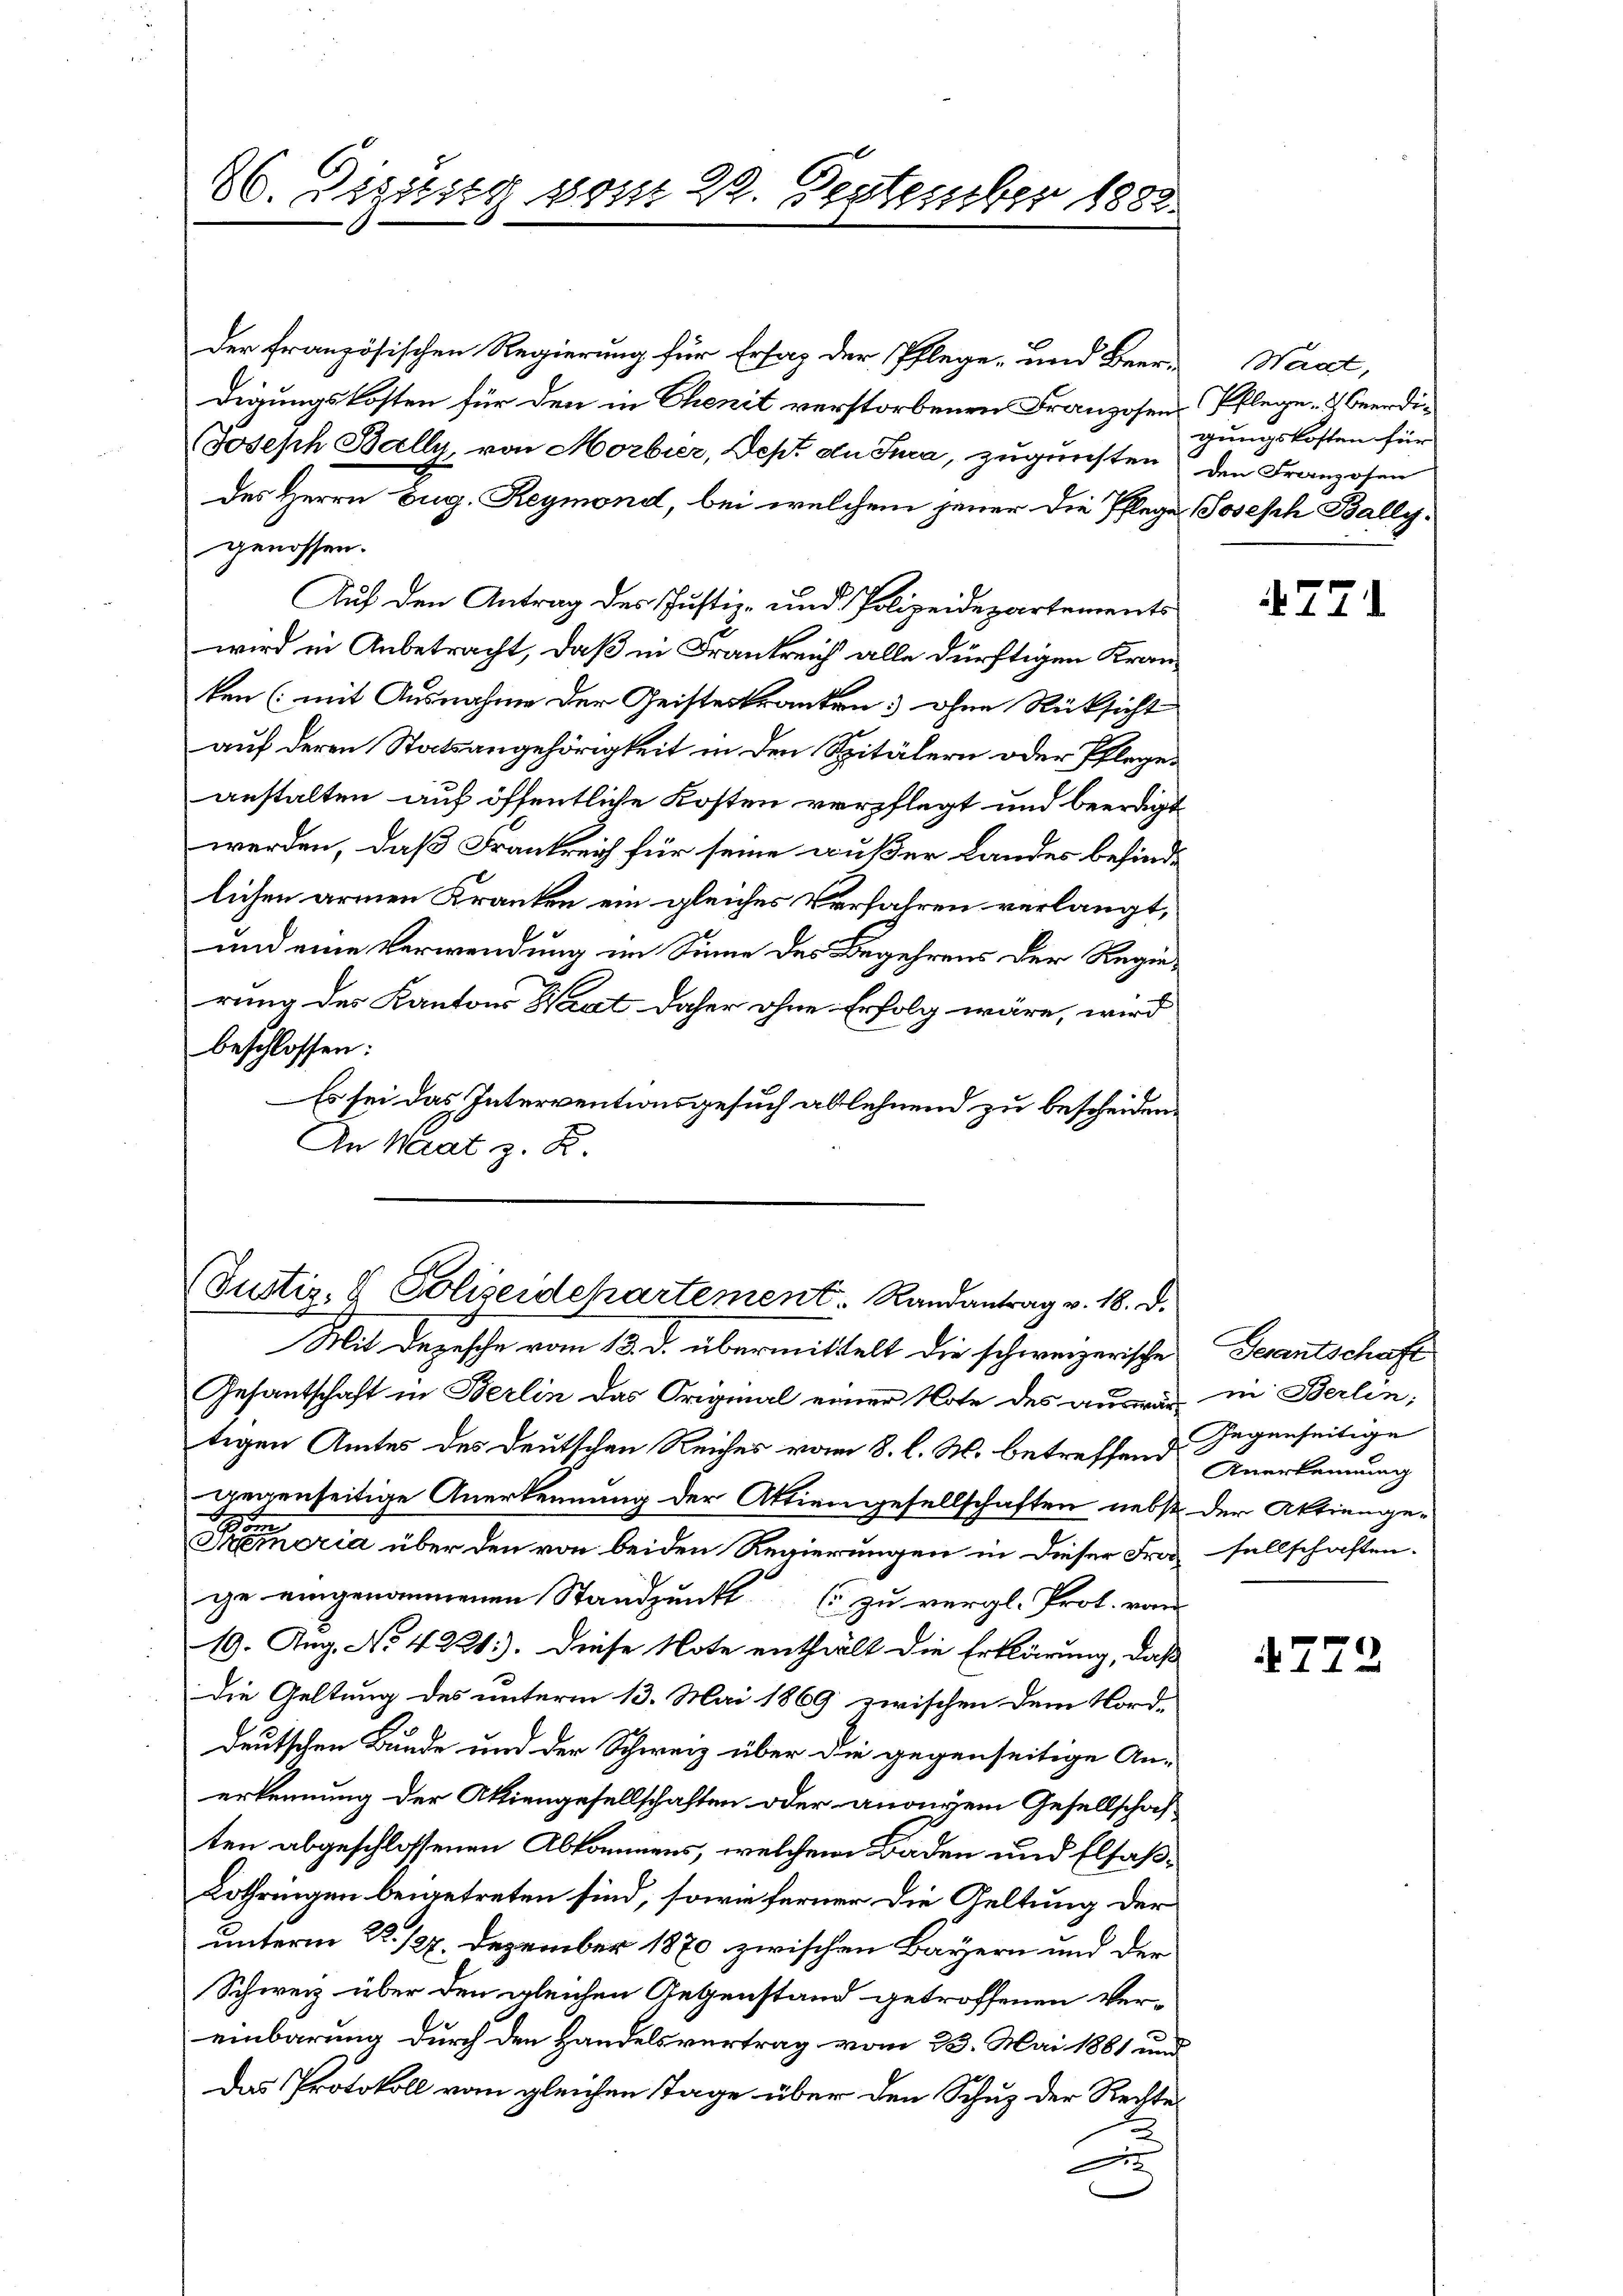
26. Dezung vom 29. September 1882.

der französischen Regierung für Ersaz der Pflege- und Beer-Waat,
digungskosten für den in Chenit verstorbenen Franzosen Pflege & Beerdi¬
Joseph Bally, von Morbier, Sept de Jura, zugunsten den Franzosen
des Herrn Eug. Reymond, bei welchem jener die Pflege Joseph Bally.
genossen.
Auf den Antrag des Justiz- und Polizeidepartements
wird in Anbetracht, daß in Frankreich alle dürftigen Kranken (mit Ausnahme der Geisteskranken ohne Rücksicht
auf deren Statsangehörigkeit in den Spitälern oder Pflegeanstalten auf öffentliche Kosten verpflegt und beerdigt
werden, daß Frankreich für seine außer Landes befindlichen armen Kranken ein gleiches Verfahren verlangt,
und eine Verwendung im Sinne des Begehrens der Regierung des Kantons Haut daher ohne Erfolg wäre, wird
beschlossen:
Es sei das Interventionsgesuch ablehnend zu bescheiden.
An Maat z. B.

(Justiz- & Polizeidepartement. Randantrag v. 18. d.

Mit Depesche vom 13. d. übermittelt die schweizerische Gerantschaft
Gesantschaft in Berlin das Original einer Note des auswär in Berlin,
tigen Amtes des Deutschen Reiches vom 8. l. M. betreffend Anerkennung
gegenseitige Anerkennung der Aktiengesellschaften nebst der Aktienge-
t
.
Tremoria über den von beiden Regierungen in dieser Frasellschaften.
ge eingenommenen Standpunkt zu vergl. Prot. vom
19. Aug. No. 4221). Diese Note enthält die Erklärung, daß
die Geltung des unterm 13. Mai 1869 zwischen dem Nord-
deutschen Bunde und der Schweiz über die gegenseitige An-
erkennung der Aktiengesellschaften oder anonyem Gesellschaf
ten abgeschlossenen Abkommens, welchem Baden und Elsaß¬
Lothringen beigetreten sind, sowie ferner die Geltung der
unterm 22. 127. Dezember 1870 zwischen Bayern und der
Schweiz über den gleichen Gegenstand getroffenen Vereinbarung durch den Handelsvertrag vom 23. Mai 1881 und
Das Protokoll vom gleichen Tage über den Schuz der Rechte
x

gungskosten für

4771

Gegenseitige

772